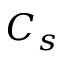
C _ { s }